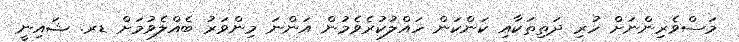
މަސްވެރިންނަށް ހުރި ދަތިތަކާއި ކަންކަން ހައްލުކުރެވެމުން އަންނަ މިންވަރު ބެއްލެވުމަށް ޑރ. ޝައިނީ